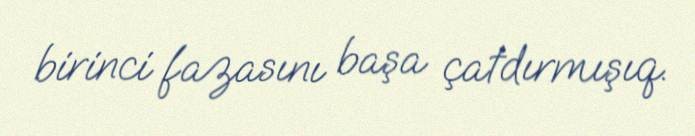
birinci fazasını başa çatdırmışıq.